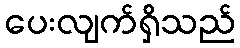
ပေးလျက်ရှိသည်